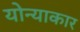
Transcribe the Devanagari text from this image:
योन्याकार